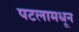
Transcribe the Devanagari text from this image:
पटलामधून